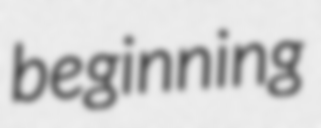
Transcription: beginning